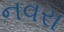
નવરા